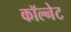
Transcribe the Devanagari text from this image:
कॉल्नेट